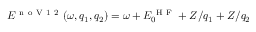
E ^ { \mathrm { ~ n ~ o ~ V ~ 1 ~ 2 ~ } } ( \omega , q _ { 1 } , q _ { 2 } ) = \omega + E _ { 0 } ^ { \mathrm { ~ H ~ F ~ } } + Z / q _ { 1 } + Z / q _ { 2 }